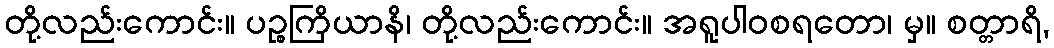
တို့လည်းကောင်း။ ပဉ္စကြိယာနိ၊ တို့လည်းကောင်း။ အရူပါဝစရတော၊ မှ။ စတ္တာရိ,